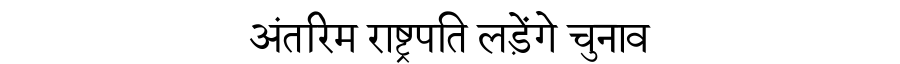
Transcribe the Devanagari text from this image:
अंतरिम राष्ट्रपति लड़ेंगे चुनाव